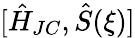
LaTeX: [\hat{H}_{JC},\hat{S}(\xi)]